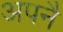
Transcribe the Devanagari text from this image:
अपनै